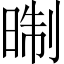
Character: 㫼